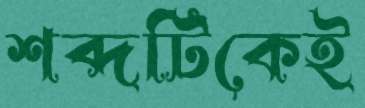
শব্দটিকেই